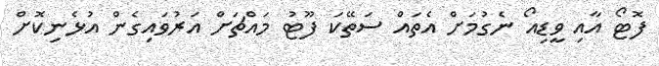
ފޮޓޯ އާއި ވީޑިއޯ ނެގުމަށް އެތައް ސަތޭކަ ފޫޓު މައްޗަށް އަރުވައިގެން އުޅެނިކޮށް